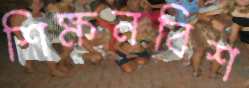
শিক্ষনবিশ